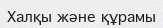
Халқы және құрамы